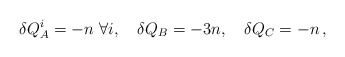
\begin{align*}\delta Q_A^i = - n\ \forall i,\quad \delta Q_B = -3 n,\quad \delta Q_C = - n\,,\end{align*}